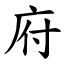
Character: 府